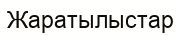
Жаратылыстар